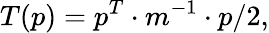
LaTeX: T(p)=p^{T}\cdot m^{-1}\cdot p/2,